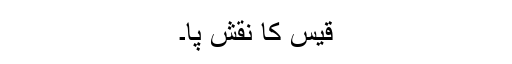
قیس کا نقش پا۔